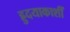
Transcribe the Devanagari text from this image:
ह्रुदयाकाशीं